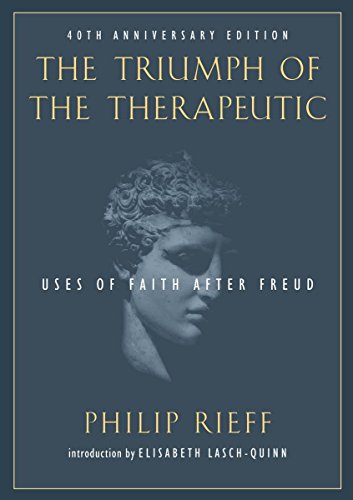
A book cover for The Triumph of the Therapeutic: Uses of Faith after Freud (Background: Essential Texts for the Conservative Mind); Philip Rieff; Medical Books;